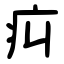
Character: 㽱